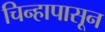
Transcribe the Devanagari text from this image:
चिन्हापासून